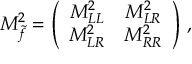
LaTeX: { \cal M } _ { \tilde { f } } ^ { 2 } = \left( \begin{array} { c c } { { M _ { L L } ^ { 2 } } } & { { M _ { L R } ^ { 2 } } } \\ { { M _ { L R } ^ { 2 } } } & { { M _ { R R } ^ { 2 } } } \end{array} \right) \, ,